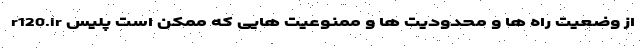
r120.ir از وضعیت راه ها و محدودیت ها و ممنوعیت هایی که ممکن است پلیس